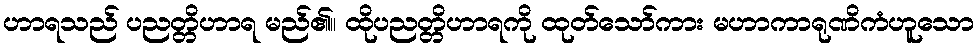
ဟာရသည် ပညတ္တိဟာရ မည်၏။ ထိုပညတ္တိဟာရကို ထုတ်သော်ကား မဟာကာရုဏိကံဟူသော